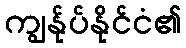
ကျွန်ုပ်နိုင်ငံ၏